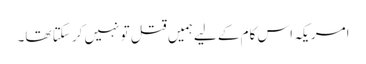
امریکہ اس کام کے لیےہمیں قتل تو نہیں کر سکتا تھا۔